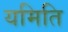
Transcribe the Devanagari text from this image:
यमिति